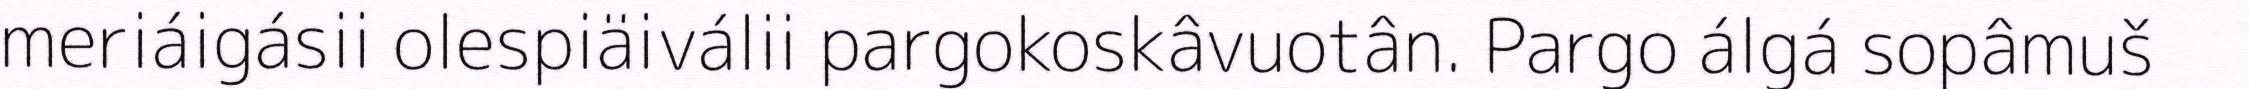
meriáigásii olespiäiválii pargokoskâvuotân. Pargo álgá sopâmuš